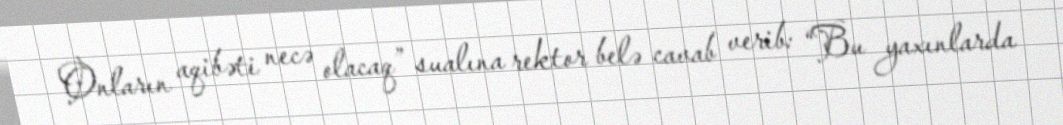
Onların aqibəti necə olacaq” sualına rektor belə cavab verib: “Bu yaxınlarda